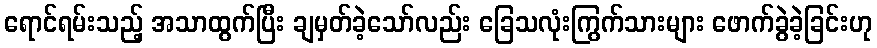
ရောင်ရမ်းသည့် အသာထွက်ပြီး ချမှတ်ခဲ့သော်လည်း ခြေသလုံးကြွက်သားများ ဖောက်ခွဲခဲ့ခြင်းဟု